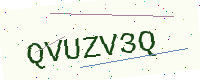
Text: QVUZV3Q